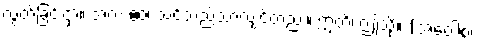
လွတ်ခြင်းငှာ။ အလံ ဧဝ၊ သင့်သည်သာလျှင်တည်း။ ဣတိ၊ ဤသို့။ (အဝေါစ၊